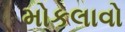
મોકલાવો